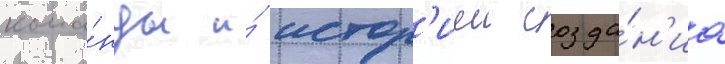
кома́нды и́ истор'иеи созда́н'иа